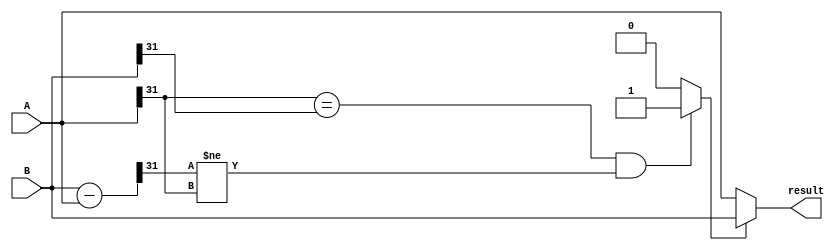

module sltiu (A,result,B);
	output [31:0] result;
	input  [31:0] A,B;
	wire [31:0] temp;
	wire temp1;
	
	assign temp = B - A ;
	assign temp1 = (A[31] == B[31] && temp[31] != A[31]) ? 1 : 0;
	assign result = temp1 ? B	: A;
endmodule